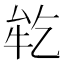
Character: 𬼪